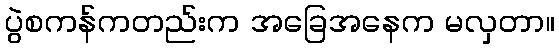
ပွဲစကန်ကတည်းက အခြေအနေက မလှတာ။